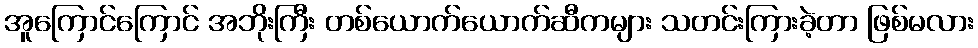
အူကြောင်ကြောင် အဘိုးကြီး တစ်ယောက်ယောက်ဆီကများ သတင်းကြားခဲ့တာ ဖြစ်မလား